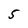
Character: 5